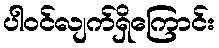
ပါဝင်လျက်ရှိကြောင်း